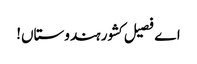
اے فصیل کشور ہندوستاں!